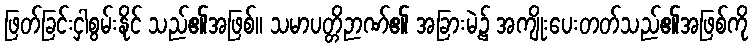
ဖြတ်ခြင်းငှါစွမ်းနိုင် သည်၏အဖြစ်။ သမာပတ္တိဉာဏ်၏ အခြားမဲ့၌ အကျိုးပေးတတ်သည်၏အဖြစ်ကို